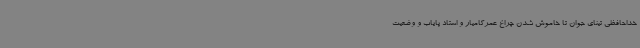
خداحافظی تینای جوان تا خاموش شدن چراغ عمرکامیار و استاد پایاب و وضعیت